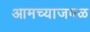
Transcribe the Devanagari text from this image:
आमच्याजवळ